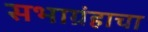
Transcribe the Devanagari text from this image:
सभाग्रंहाचा